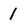
Character: 1